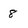
Character: 8